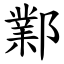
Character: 鄴